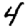
Digit: 4